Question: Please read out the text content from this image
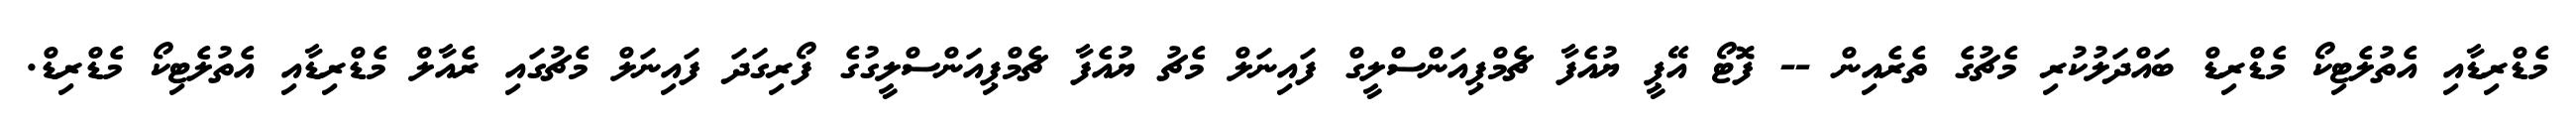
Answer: މެޑްރިޑާއި އެތުލެޓިކޯ މެޑްރިޑް ބައްދަލުކުރި މެޗުގެ ތެރެއިން -- ފޮޓޯ އޭޕީ ޔުއެފާ ޗެމްޕިއަންސްލީގް ފައިނަލް މެޗު ޔުއެފާ ޗެމްޕިއަންސްލީގުގެ ފޯރިގަދަ ފައިނަލް މެޗުގައި ރެއާލް މެޑްރިޑާއި އެތުލެޓިކޯ މެޑްރިޑް.